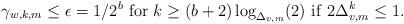
LaTeX: \begin{align*} \gamma_{w,k,m}\le\epsilon=1/2^b~ {\rm for}~k\ge (b+2)\log_{\Delta_{v,m}}(2)~{\rm if}~ 2\Delta_{v,m}^k\le 1. \end{align*}